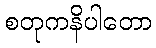
စတုကနိပါတော